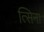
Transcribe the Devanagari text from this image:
त्सिना